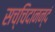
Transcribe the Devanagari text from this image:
सच्चिदानन्दं